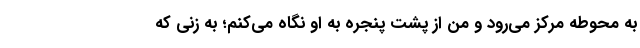
به محوطه مرکز می‌رود و من از پشت پنجره به او نگاه می‌کنم؛ به زنی که